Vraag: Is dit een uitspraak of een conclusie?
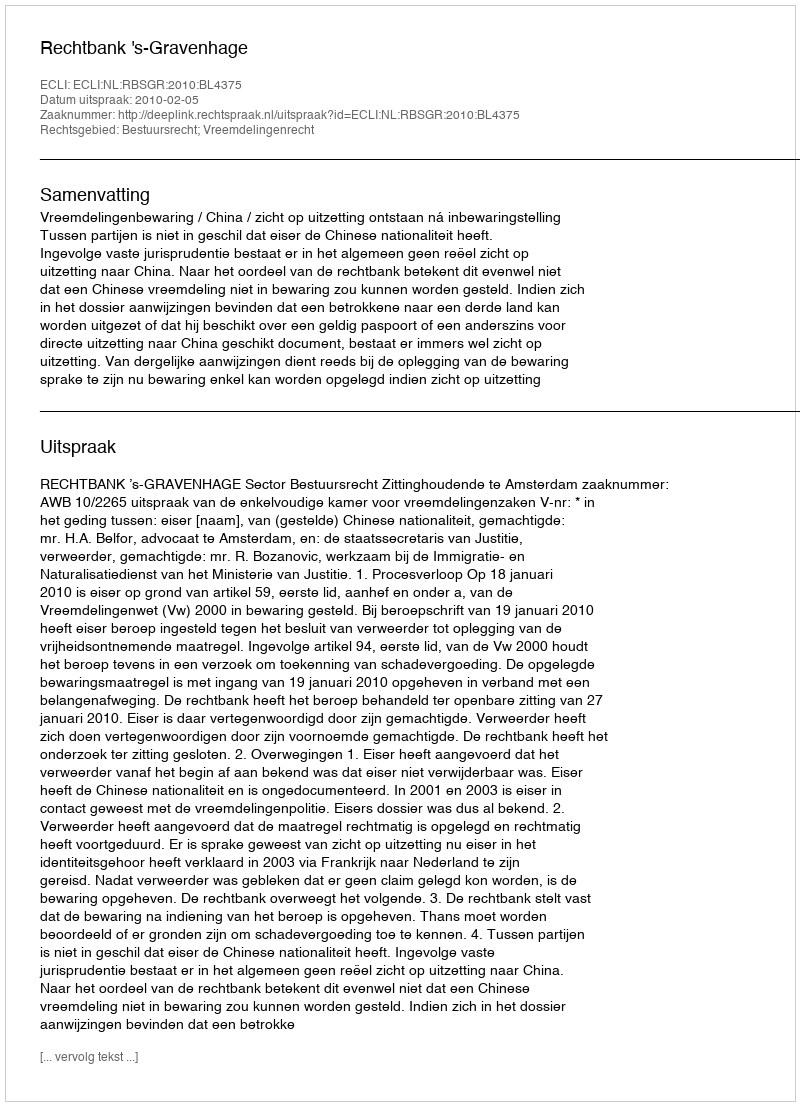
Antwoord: Uitspraak